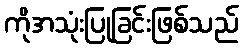
ကိုအသုံးပြုခြင်းဖြစ်သည်